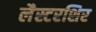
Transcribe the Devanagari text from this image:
लैस्टरशिर